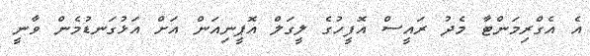
އެ އެގްރިމަންޓާ މެދު ރައީސް އޮފީހުގެ ލީގަލް އޮޕީނިއަން އަށް އަޅުގަނޑުމެން ވާނީ